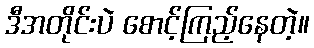
ဒီအတိုင်းပဲ စောင့်ကြည့်နေတဲ့။